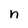
Character: n